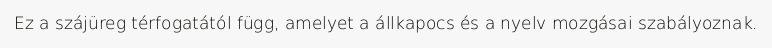
Ez a szájüreg térfogatától függ, amelyet a állkapocs és a nyelv mozgásai szabályoznak.